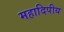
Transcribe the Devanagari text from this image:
महादिपीय